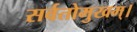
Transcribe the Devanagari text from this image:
सर्वतोमुखम्।